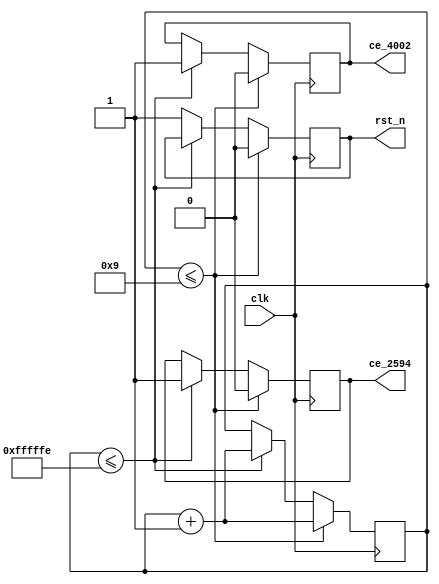
module rst
#(
    parameter delay_cnt_1 = 10,
    parameter delay_cnt_2 = 24'hffffff //wait lmx2594 power on
)
(
    input clk,
    output reg rst_n=0,
    output reg ce_4002=0,
    output reg ce_2594=0
);

reg [31:0] clk_cnt=0;

always @(posedge clk) 
begin
    if(clk_cnt<=delay_cnt_1-1)
    begin
        rst_n<=0;
        ce_4002<=0;
        ce_2594<=0;
        clk_cnt<=clk_cnt+1;
    end
    else if(clk_cnt<=delay_cnt_2-1)
    begin
        ce_4002<=1;
        ce_2594<=1;
        clk_cnt<=clk_cnt+1;
    end
    else
    begin
        rst_n<=1;
    end
end

endmodule